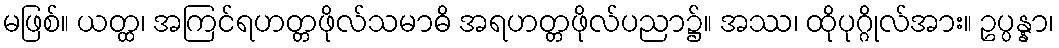
မဖြစ်။ ယတ္ထ၊ အကြင်ရဟတ္တဖိုလ်သမာဓိ အရဟတ္တဖိုလ်ပညာ၌။ အဿ၊ ထိုပုဂ္ဂိုလ်အား။ ဥပ္ပန္နာ၊